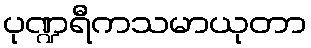
ပုဏ္ဍရီကသမာယုတာ